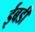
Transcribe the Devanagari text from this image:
ईबडी